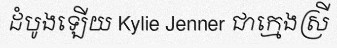
ដំបូងឡើយ Kylie Jenner ជាក្មេងស្រី